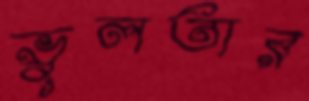
ভুলতার